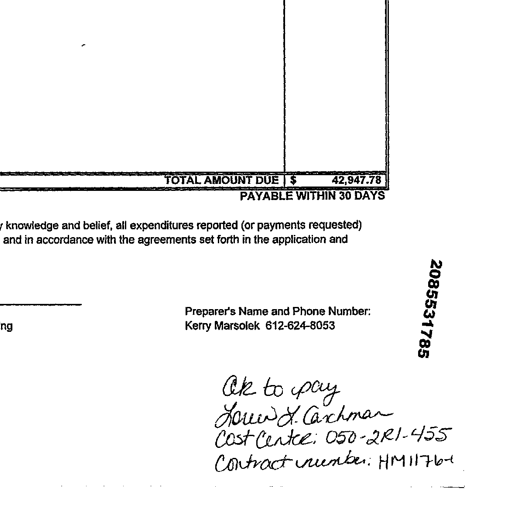
TOTAL AMOUNT DUE | $ 42,947.78
PAYABLE WITHIN 30 DAYS
knowledge and belief, all expenditures reported (or payments requested)
and in accordance with the agreements set forth in the application and
2085531785
Preparer's Name and Phone Number:
Kerry Marsolek 612-624-8053

Ok to pay
Louis J. Cashman
Cost Center: 050-2R1-455
Contract number: HM11761